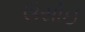
ઉસોઈ